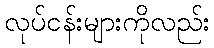
လုပ်ငန်းများကိုလည်း